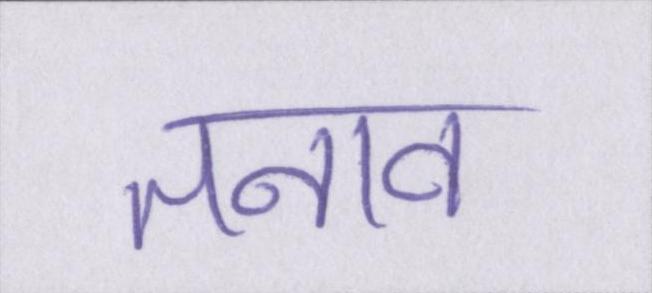
तनाव